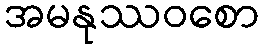
အမနုဿဝစော